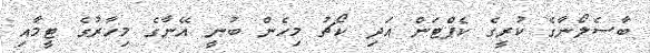
ބާސެލޯނާގެ ކުރީގެ ކެޕްޓަން އަދި ކޯޗު މިހެން ބުނީ އޭނާގެ މިހާރުގެ ޓީމާއި